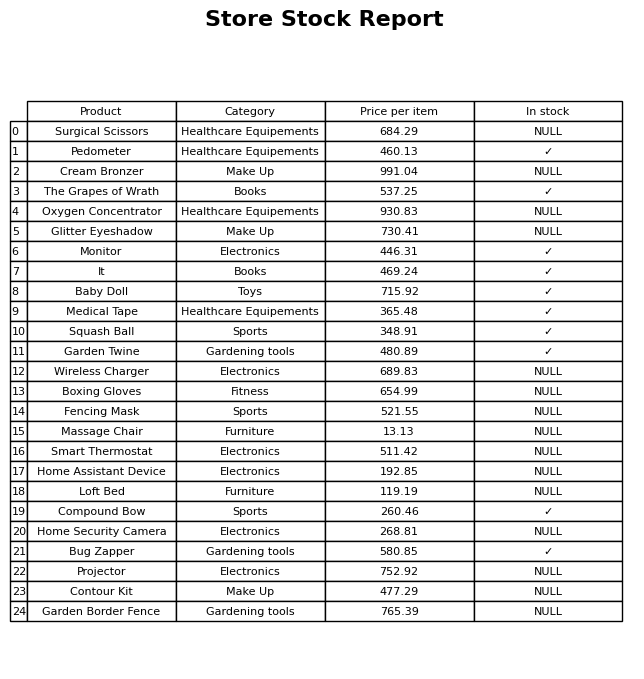
question: What is the price for Home Security Camera?
answer: The price of Home Security Camera is 268.81.